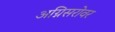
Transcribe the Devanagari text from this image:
अग्निसरोवर